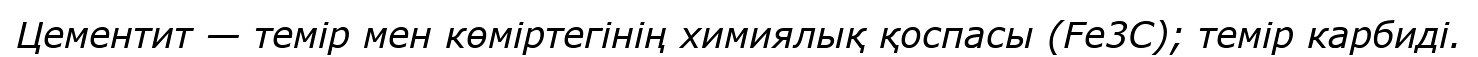
Цементит — темір мен көміртегінің химиялық қоспасы (Fe3C); темір карбиді.